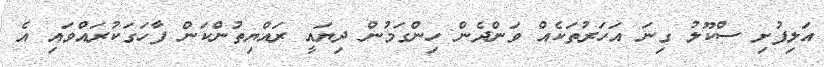
އަލިފުށި ސްކޫލު ގިނަ އަހަރުތަކެއް ވަންދެން ހިންގަމުން ދިޔައީ ރައްޔިތުންކަން ފާހަގަކުރައްވައި އެ